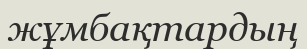
жұмбақтардың